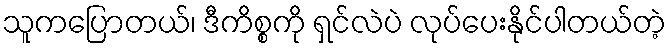
သူကပြောတယ်၊ ဒီကိစ္စကို ရှင်လဲပဲ လုပ်ပေးနိုင်ပါတယ်တဲ့